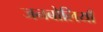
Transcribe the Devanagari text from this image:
जनबोलियाँ